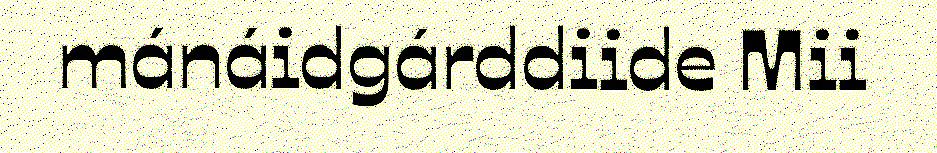
mánáidgárddiide Mii